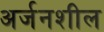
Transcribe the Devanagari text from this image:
अर्जनशील